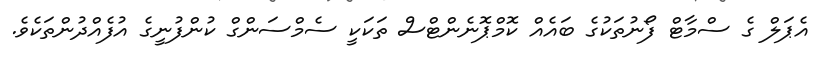
އެޕަލް ގެ ސްމާޓް ފޯނުތަކުގެ ބައެއް ކޮމްޕޮނެންޓްސް ތަކަކީ ސެމްސަންގް ކުންފުނީގެ އުފެއްދުންތަކެވެ.